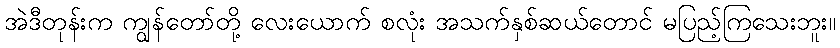
အဲဒီတုန်းက ကျွန်တော်တို့ လေးယောက် စလုံး အသက်နှစ်ဆယ်တောင် မပြည့်ကြသေးဘူး။